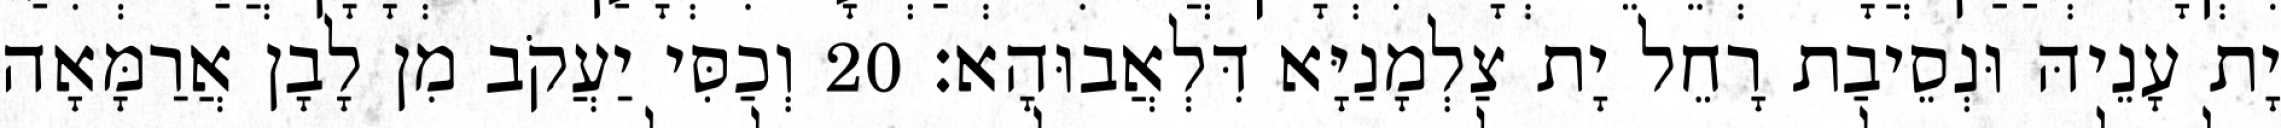
יָת עָנֵיהּ וּנְסֵיבַת רָחֵל יָת צַלְמָנַיָּא דִּלְאֲבוּהָא׃ 20 וְכַסִּי יַעֲקֹב מִן לָבָן אֲרַמָּאָה